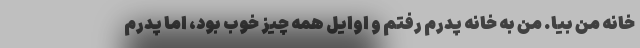
خانه من بیا. من به خانه پدرم رفتم و اوایل همه چیز خوب بود، اما پدرم